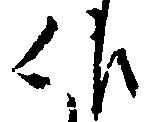
作